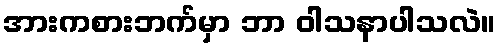
အားကစားဘက်မှာ ဘာ ဝါသနာပါသလဲ။